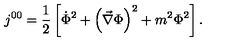
j ^ { 0 0 } = { \frac 1 2 } \left[ { \dot { \Phi } } ^ { 2 } + \left( \vec { \nabla } \Phi \right) ^ { 2 } + m ^ { 2 } \Phi ^ { 2 } \right] .